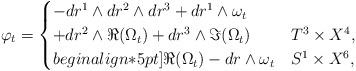
LaTeX: \begin{align*} \varphi_t = \begin{cases} - dr^1 \wedge dr^2 \wedge dr^3 + dr^1 \wedge \omega_t \\ + dr^2 \wedge \Re (\Omega_t) + dr^3 \wedge \Im (\Omega_t) & T^3 \times X^4, \\begin{align*}5pt] \Re (\Omega_t) - dr \wedge \omega_t & S^1 \times X^6, \end{cases}\end{align*}